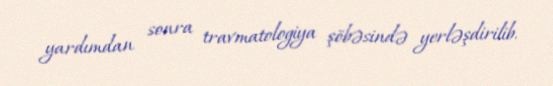
yardımdan sonra travmatologiya şöbəsində yerləşdirilib.